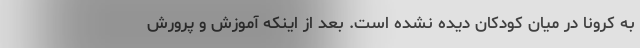
به کرونا در میان کودکان دیده نشده است. بعد از اینکه آموزش و پرورش